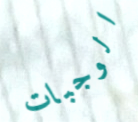
الوجبات